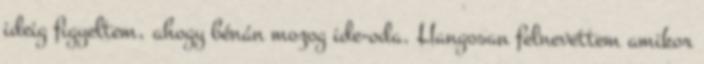
ideig figyeltem, ahogy bénán mozog ide-oda. Hangosan felnevettem amikor